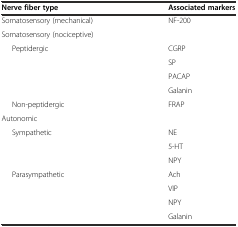
<table><thead><tr><td><b>Nerve fiber type</b></td><td><b>Associated markers</b></td></tr></thead><tbody><tr><td>Somatosensory (mechanical)</td><td>NF-200</td></tr><tr><td>Somatosensory (nociceptive)</td><td></td></tr><tr><td rowspan="4">Peptidergic</td><td>CGRP</td></tr><tr><td>SP</td></tr><tr><td>PACAP</td></tr><tr><td>Galanin</td></tr><tr><td>Non-peptidergic</td><td>FRAP</td></tr><tr><td>Autonomic</td><td></td></tr><tr><td rowspan="3">Sympathetic</td><td>NE</td></tr><tr><td>5-HT</td></tr><tr><td>NPY</td></tr><tr><td rowspan="4">Parasympathetic</td><td>Ach</td></tr><tr><td>VIP</td></tr><tr><td>NPY</td></tr><tr><td>Galanin</td></tr></tbody></table>